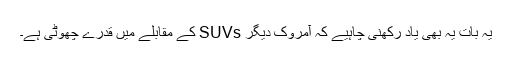
یہ بات یہ بھی یاد رکھنی چاہیے کہ آمروک دیگر SUVs کے مقابلے میں قدرے چھوٹی ہے۔